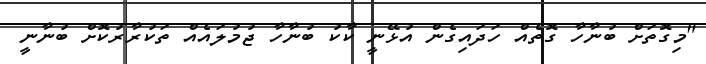
"މިގޮތަށް ބުނާހާ ގޮތެއް ހަދައިގެން އުޅޭނީ ކާކު ބުނާހާ ޖުމުލައެއް ތަކުރާރުކޮށް ބުނާނީ